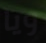
ويا